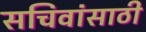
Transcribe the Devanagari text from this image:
सचिवांसाठी